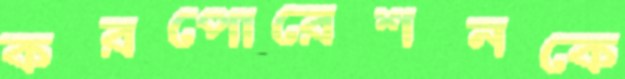
করপোরেশনকে